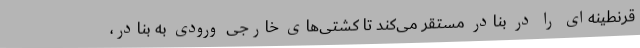
قرنطینه‌ای را در بنادر مستقر می‌کند تا کشتی‌های خارجی ورودی به بنادر،